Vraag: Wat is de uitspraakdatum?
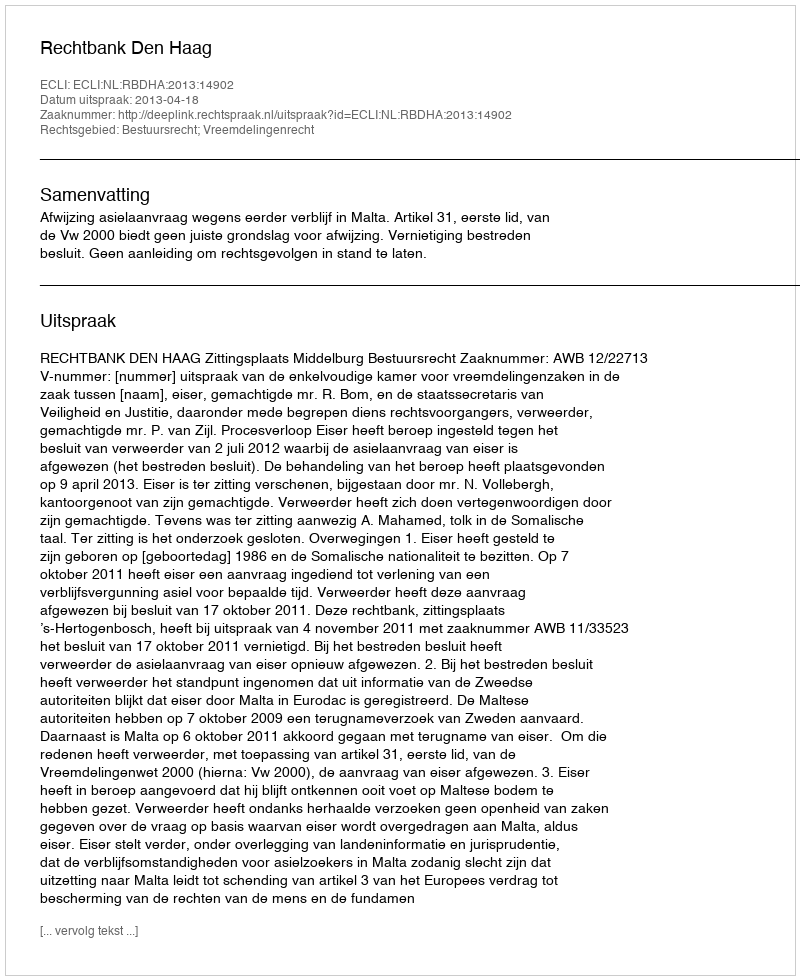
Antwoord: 2013-04-18